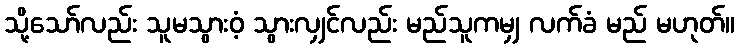
သို့သော်လည်း သူမသွားဝံ့ သွားလျှင်လည်း မည်သူကမျှ လက်ခံ မည် မဟုတ်။